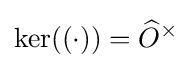
\ker((\cdot ))={\widehat {O}}^{\times }